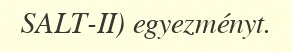
SALT-II) egyezményt.